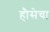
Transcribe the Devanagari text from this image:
हौसेचा